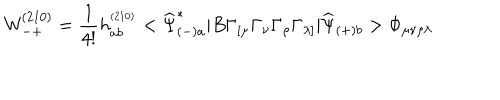
{ \mathsf W } _ { - + } ^ { ( 2 1 0 ) } = \frac { 1 } { 4 ! } h _ { a b } ^ { ^ { ( 2 1 0 ) } } < \widehat { \Psi } _ { ( - ) a } ^ { * } | B \Gamma _ { [ \mu } \Gamma _ { \nu } \Gamma _ { \rho } \Gamma _ { \lambda ] } | \widehat { \Psi } _ { ( + ) b } > \Phi _ { \mu \nu \rho \lambda }